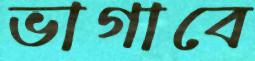
ভাগাবে